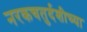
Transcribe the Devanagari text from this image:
नरकचतुर्दशीच्या